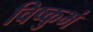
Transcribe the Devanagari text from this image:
विष्कुभं